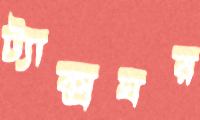
ট্যাক্সঘর